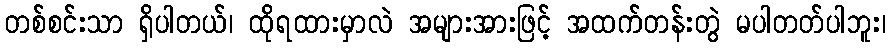
တစ်စင်းသာ ရှိပါတယ်၊ ထိုရထားမှာလဲ အများအားဖြင့် အထက်တန်းတွဲ မပါတတ်ပါဘူး၊